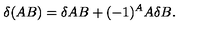
\delta ( A B ) = \delta A B + ( - 1 ) ^ { A } A \delta B .